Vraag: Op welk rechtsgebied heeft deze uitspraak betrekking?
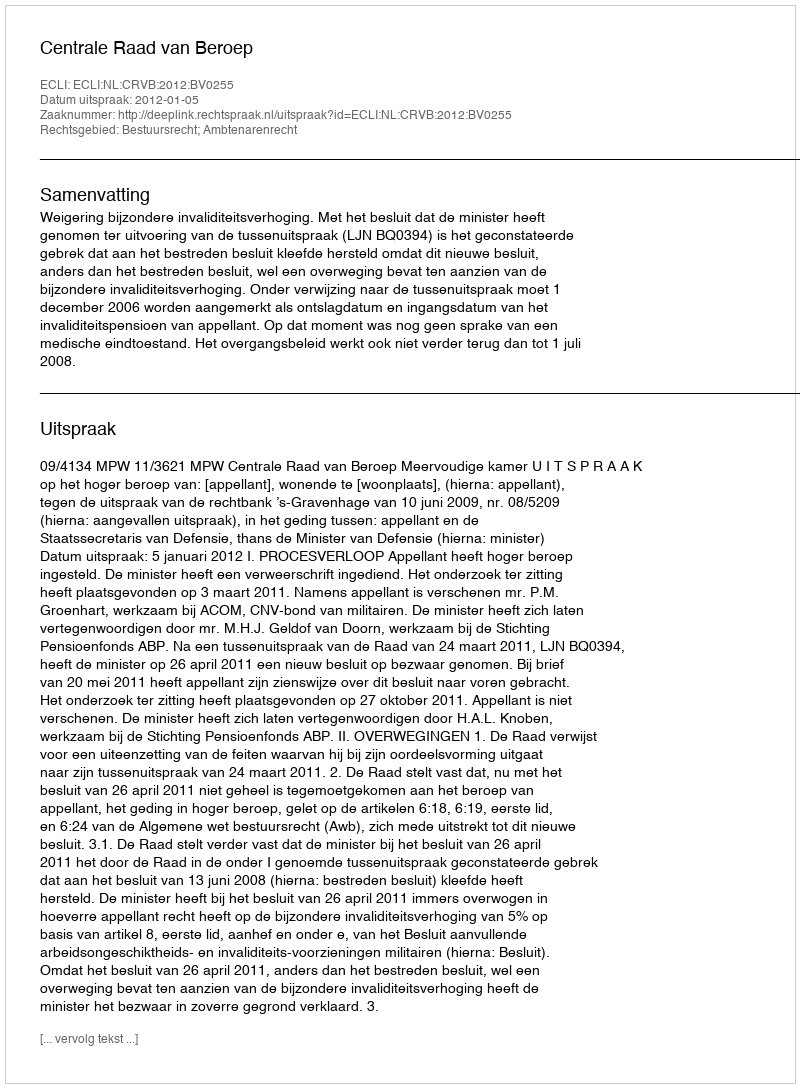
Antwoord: Bestuursrecht; Ambtenarenrecht